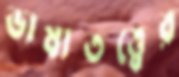
ভাষাতত্ত্বের